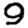
Digit: 9